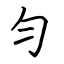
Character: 勻